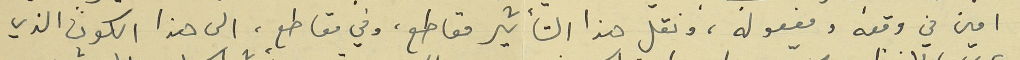
امين في وقعه ومفعوله، ونقل هذا التأثير مقاطع، وفي مقاطع، الى هذا الكون الذي